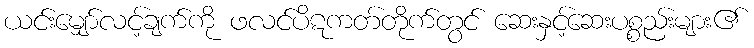
ယင်းမျှော်လင့်ချက်ကို ဖလင်ပိဋကတ်တိုက်တွင် ဆေးနှင့်ဆေးပစ္စည်းများ၏